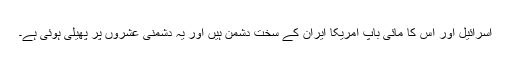
اسرائیل اور اس کا مائی باپ امریکا ایران کے سخت دشمن ہیں اور یہ دشمنی عشروں پر پھیلی ہوئی ہے۔